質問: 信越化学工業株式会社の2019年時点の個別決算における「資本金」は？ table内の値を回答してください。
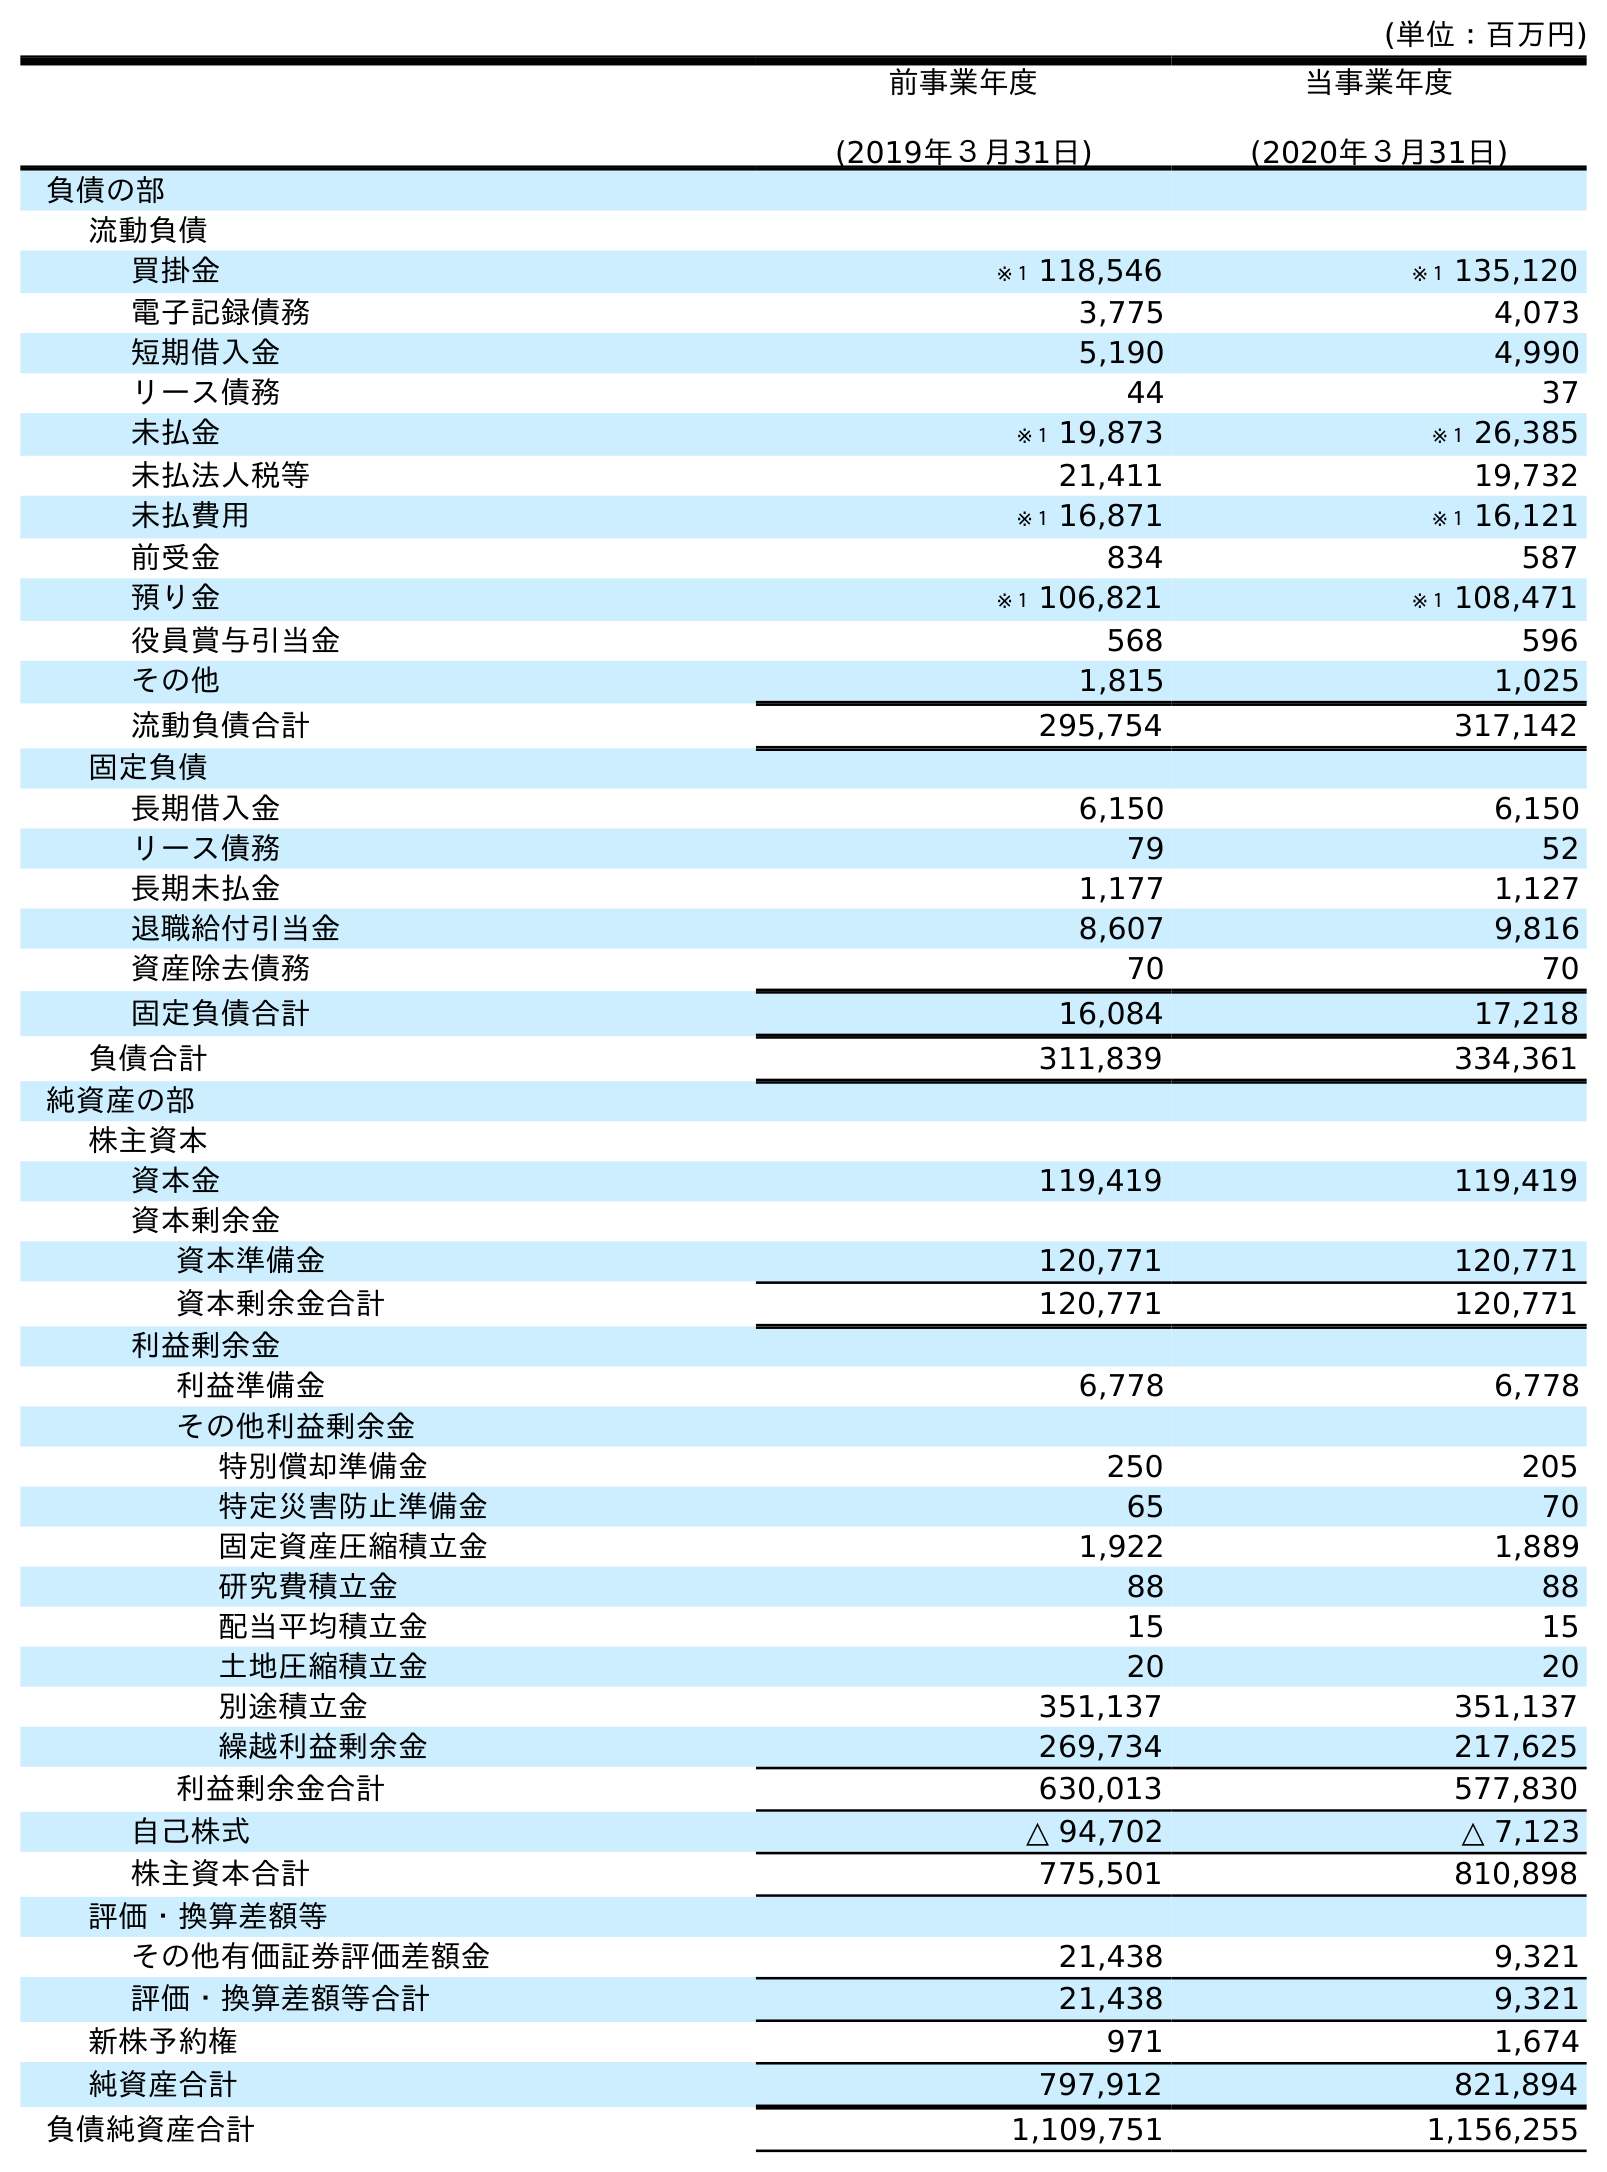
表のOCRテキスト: (単位：百万円) 前事業年度 (2019年３月31日) 当事業年度 (2020年３月31日) 負債の部 流動負債 買掛金 ※１ 118,546 ※１ 135,120 電子記録債務 3,775 4,073 短期借入金 5,190 4,990 リース債務 44 37 未払金 ※１ 19,873 ※１ 26,385 未払法人税等 21,411 19,732 未払費用 ※１ 16,871 ※１ 16,121 前受金 834 587 預り金 ※１ 106,821 ※１ 108,471 役員賞与引当金 568 596 その他 1,815 1,025 流動負債合計 295,754 317,142 固定負債 長期借入金 6,150 6,150 リース債務 79 52 長期未払金 1,177 1,127 退職給付引当金 8,607 9,816 資産除去債務 70 70 固定負債合計 16,084 17,218 負債合計 311,839 334,361 純資産の部 株主資本 資本金 119,419 119,419 資本剰余金 資本準備金 120,771 120,771 資本剰余金合計 120,771 120,771 利益剰余金 利益準備金 6,778 6,778 その他利益剰余金 特別償却準備金 250 205 特定災害防止準備金 65 70 固定資産圧縮積立金 1,922 1,889 研究費積立金 88 88 配当平均積立金 15 15 土地圧縮積立金 20 20 別途積立金 351,137 351,137 繰越利益剰余金 269,734 217,625 利益剰余金合計 630,013 577,830 自己株式 △ 94,702 △ 7,123 株主資本合計 775,501 810,898 評価・換算差額等 その他有価証券評価差額金 21,438 9,321 評価・換算差額等合計 21,438 9,321 新株予約権 971 1,674 純資産合計 797,912 821,894 負債純資産合計 1,109,751 1,156,255
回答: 119,419